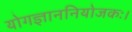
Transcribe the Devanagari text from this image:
योगज्ञाननियोजकः।